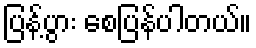
ပြန့်ပွား စေပြန်ပါတယ်။